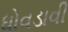
ધોવડાવી